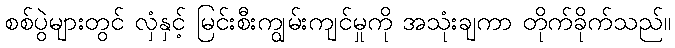
စစ်ပွဲများတွင် လှံနှင့် မြင်းစီးကျွမ်းကျင်မှုကို အသုံးချကာ တိုက်ခိုက်သည်။